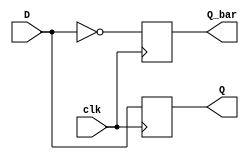
module dff (
    input D,
    input clk,
    output reg Q,
    output reg Q_bar
);

always @(posedge clk) begin
    Q <= D;
    Q_bar <= ~D;
end

endmodule